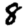
Digit: 8